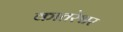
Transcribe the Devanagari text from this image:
कातरेश्वर